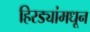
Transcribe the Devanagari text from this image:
हिरड्यांमधून